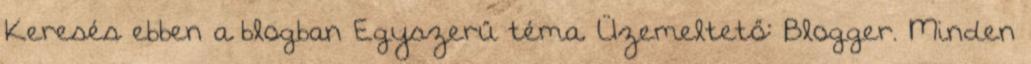
Keresés ebben a blogban Egyszerű téma. Üzemeltető: Blogger. Minden